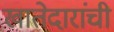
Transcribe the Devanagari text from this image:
खातेदारांची